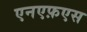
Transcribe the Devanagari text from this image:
एनएफ़एस